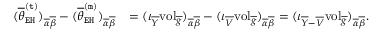
\begin{array} { r l } { ( \overline { { \theta } } _ { \mathtt { E H } } ^ { \mathtt { ( t ) } } ) _ { \overline { { \alpha } } \overline { { \beta } } } - ( \overline { { \theta } } _ { \mathtt { E H } } ^ { \mathtt { ( m ) } } ) _ { \overline { { \alpha } } \overline { { \beta } } } } & { = ( \iota _ { \overline { { Y } } } \mathrm { v o l } _ { \overline { { g } } } ) _ { \overline { { \alpha } } \overline { { \beta } } } - ( \iota _ { \overline { { V } } } \mathrm { v o l } _ { \overline { { g } } } ) _ { \overline { { \alpha } } \overline { { \beta } } } = ( \iota _ { \overline { { Y } } - \overline { { V } } } \mathrm { v o l } _ { \overline { { g } } } ) _ { \overline { { \alpha } } \overline { { \beta } } } . } \end{array}